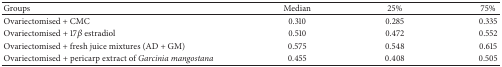
<table><thead><tr><td><b>Groups</b></td><td><b>Median</b></td><td><b>25%</b></td><td><b>75%</b></td></tr></thead><tbody><tr><td>Ovariectomised + CMC</td><td>0.310</td><td>0.285</td><td>0.335</td></tr><tr><td>Ovariectomised + 17<i>β</i> estradiol</td><td>0.510</td><td>0.472</td><td>0.552</td></tr><tr><td>Ovariectomised + fresh juice mixtures (AD + GM)</td><td>0.575</td><td>0.548</td><td>0.615</td></tr><tr><td>Ovariectomised + pericarp extract of <i>Garcinia mangostana </i></td><td>0.455</td><td>0.408</td><td>0.505</td></tr></tbody></table>